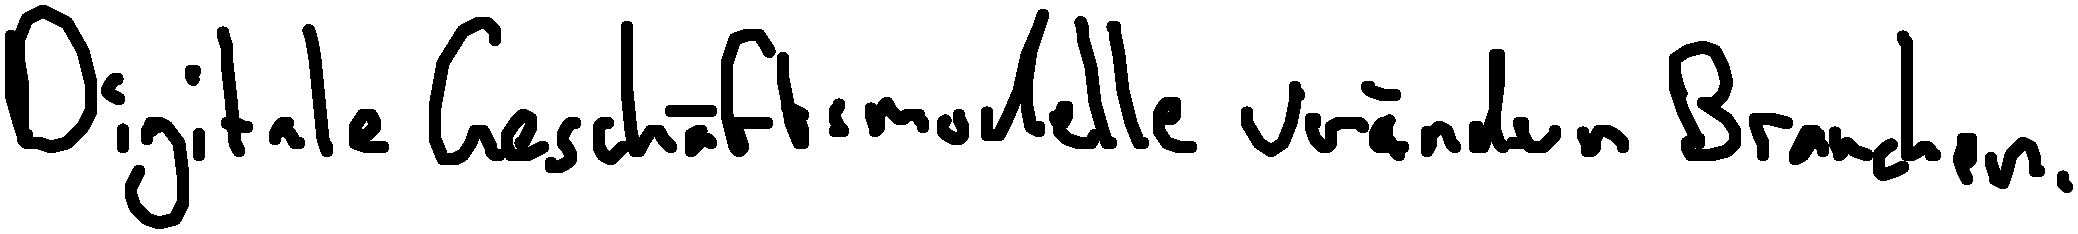
Digitale Geschäftsmodelle verändern Branchen.